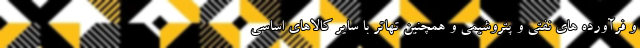
و فرآورده های نفتی و پتروشیمی و همچنین تهاتر با سایر کالاهای اساسی